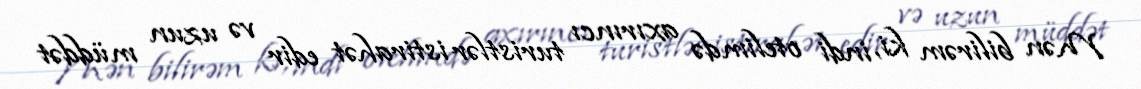
Mən bilirəm ki, indi otelimdə axırıncı turistlər istirahət edir və uzun müddət